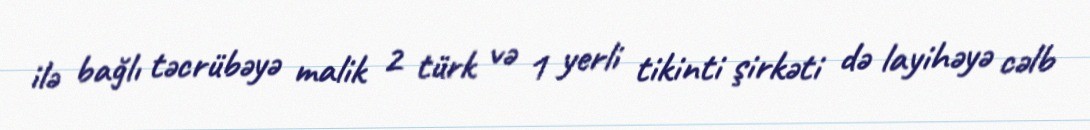
ilə bağlı təcrübəyə malik 2 türk və 1 yerli tikinti şirkəti də layihəyə cəlb